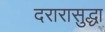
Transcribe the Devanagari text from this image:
दरारासुद्धा